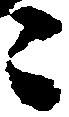
々